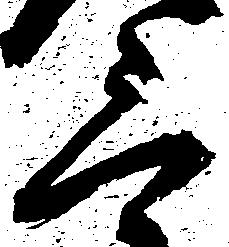
三